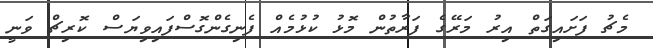
މެޗު ފަށައިގަތް އިރު މަރޭގެ ފަރާތުން މޮޅު ކުޅުމެއް ފެނިގެންގޮސްފައިވިޔަސް ކޮރިޗް ވަނީ